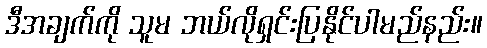
ဒီအချက်ကို သူမ ဘယ်လိုရှင်းပြနိုင်ပါမည်နည်း။